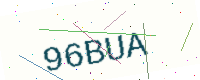
Text: 96BUA